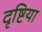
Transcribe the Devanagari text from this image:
दृष्टिया